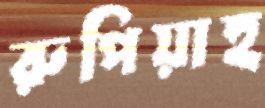
রুপিয়াহ